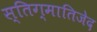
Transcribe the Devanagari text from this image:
स्तिग्मातिजेद